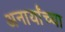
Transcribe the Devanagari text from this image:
अनार्यांच्या